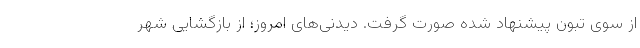
از سوی تبون پیشنهاد شده صورت گرفت. دیدنی‌های امروز؛ از بازگشایی شهر